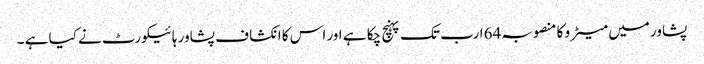
پشاور میں میٹر و کا منصوبہ 64ارب تک پہنچ چکا ہے اور اس کا انکشا ف پشاور ہائیکورٹ نے کیا ہے ۔